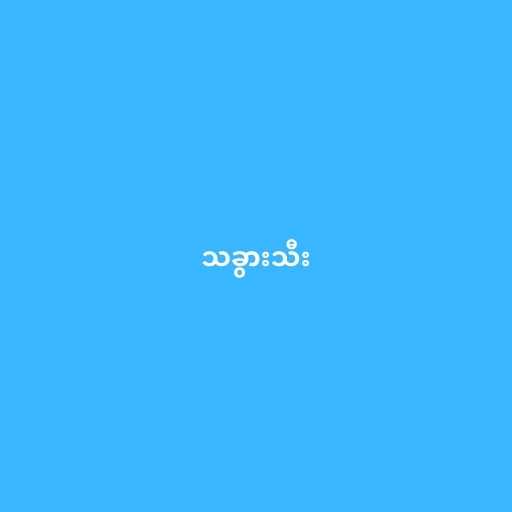
သခွားသီး